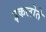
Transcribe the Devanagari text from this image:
इकलोते